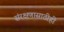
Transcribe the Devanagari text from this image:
संरक्षणासाठीही